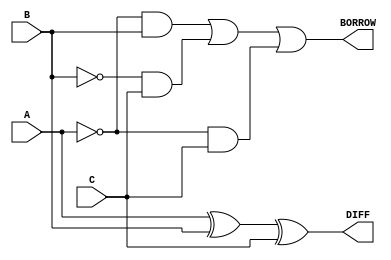
`timescale 1ns / 1ps

module full_substractor(
    input A,B,C,
    output DIFF,BORROW
    );
    //half_substractor HS1(A,B,D1,B1);
    //half_substractor HS2(C,D1,DIFF,B2);
    assign DIFF=A^B^C;
    assign BORROW=~A&B |~B&C |~A&C ;
    
endmodule